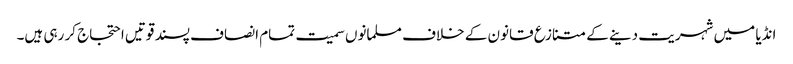
انڈیا میں شہریت دینے کے متنازع قانون کے خلاف مسلمانوں سمیت تمام انصاف پسند قوتیں احتجاج کر رہی ہیں۔